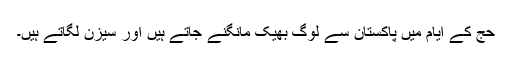
حج کے ایام میں پاکستان سے لوگ بھیک مانگنے جاتے ہیں اور سیزن لگاتے ہیں۔